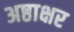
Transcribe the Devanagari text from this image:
अष्ठाक्षर